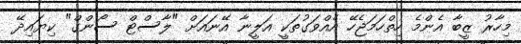
މިހާރު ޒީބާ އެންމެ ހިތްހަމަޖެހޭ އެއްވަގުތަކީ އަލީނާ އޭނައަށް "ލާސްޓް ސޯންގް" ކިޔައިދޭ